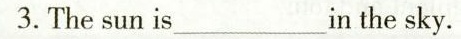
3.The sun is___in the sky.